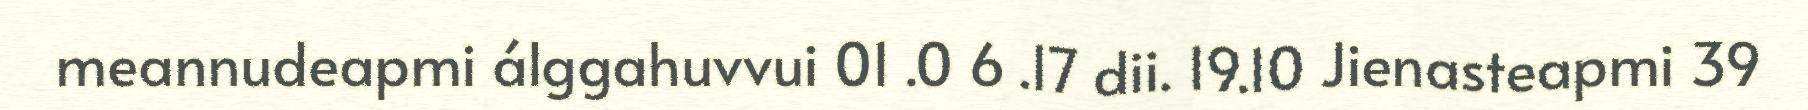
meannudeapmi álggahuvvui 01 .0 6 .17 dii. 19.10 Jienasteapmi 39